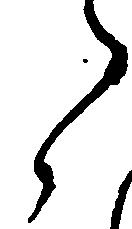
々